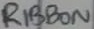
Text: RIBBON